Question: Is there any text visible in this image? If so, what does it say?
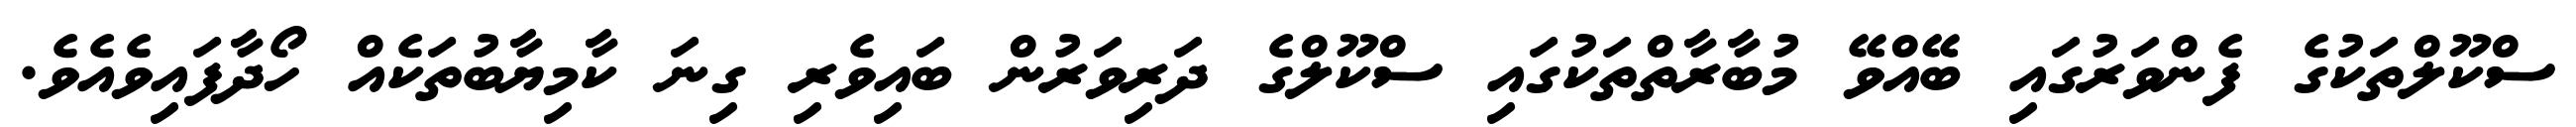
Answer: ސްކޫލްތަކުގެ ފެންވަރުގައި ބޭއްވޭ މުބާރާތްތަކުގައި ސްކޫލްގެ ދަރިވަރުން ބައިވެރި ގިނަ ކާމިޔާބުތަކެއް ހޯދާފައިވެއެވެ.